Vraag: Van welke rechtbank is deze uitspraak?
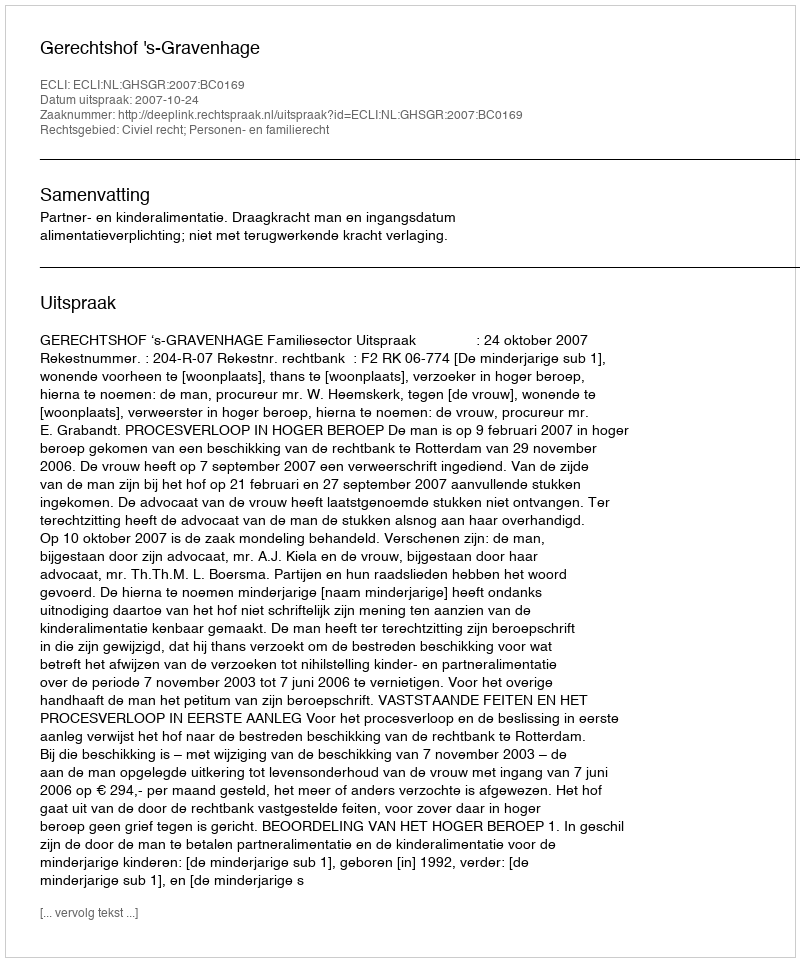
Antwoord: Gerechtshof 's-Gravenhage